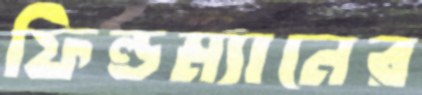
ফিল্ডম্যানের